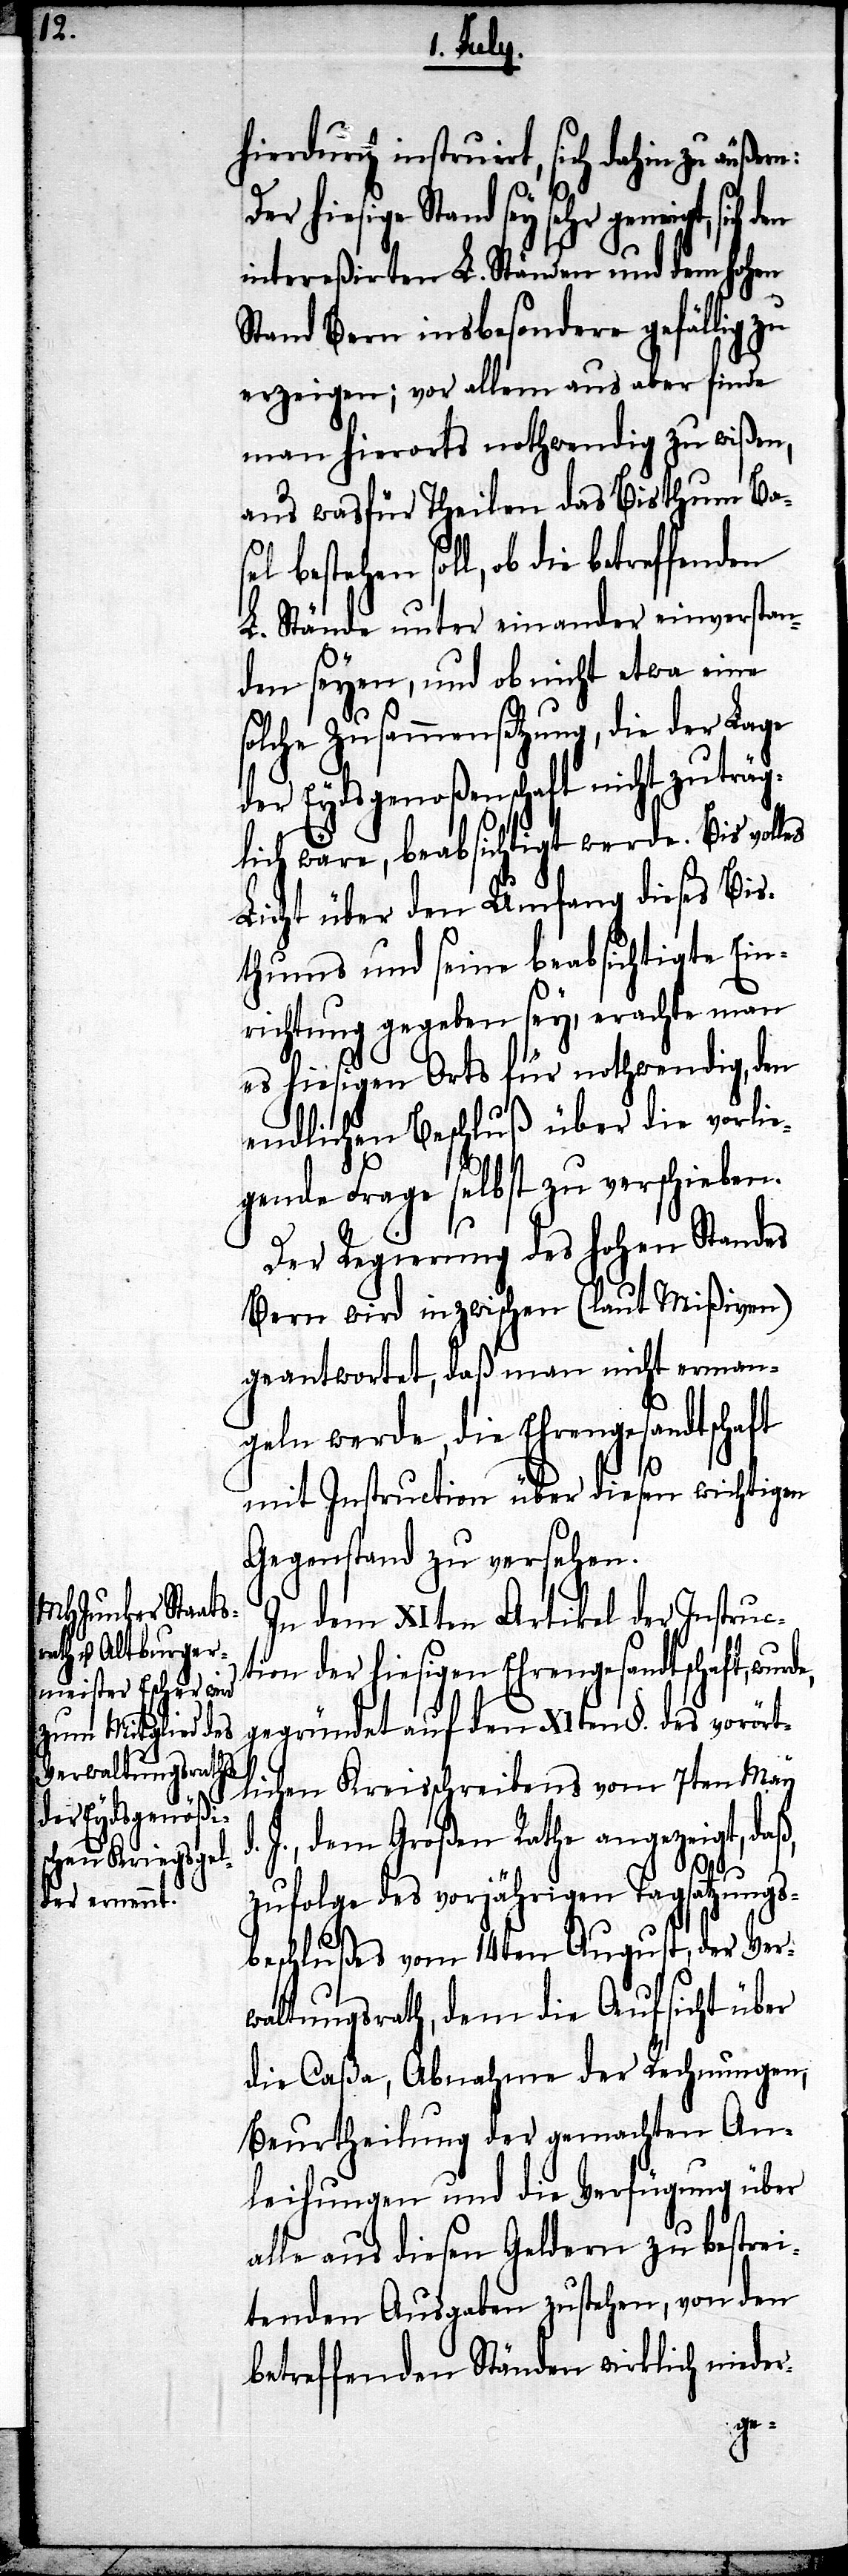
hiedurch instruirt, sich dahin zu äußer¬
Der hiesige Stand sey sehr geneigt,
intereßirten L. Ständen und dem hohen
Stand Bern insbesondere gefällig zu
erzeigen; vor allem aus aber finde
man hierorts nothwendig zu wißen,
aus wasfür Theilen das Bisthum Base¬
betreffenden
L. Stände unter einander einverstan¬
den seyen, und ob nicht etwa eine
olche Zusammensetzung, die der Lage
der Eydsgenoßenschaft nicht zuträg¬
lich wäre, beabsichtigt werde. Bis volles
Licht über den Umfang dieses Bis¬
thums und seine beabsichtigte Ein¬
richtung gegeben sey, erachte man
es hiesigen Orts für nothwendig, den
endlichen Beschluß über die vorlie¬
gende Frage selbst zu verschieben.
Der Regierung des hohen Standes
Bern wird inzwischen (laut Mißiven)
geantwortet, daß man nicht erman¬
geln werde, die Ehrengesandtschaft
mit Instruction über diesen wichtigen
Gegenstand zu versehen.
In dem XIten Artikel der Instruct¬
nen der hiesigen Ehrengesandtschaft, wur¬
gegründet auf den XIten §. des vorört¬
lichen Kreisschreibens vom 7ten May
J., dem Großen Rathe angezeigt, daß,
s¬
d.
zufolge des vorjährigen Tagsatzungs¬
beschlußes vom 14ten August, der Ver¬
waltungsrath, dem die Aufsicht über
die Caßa, Abnahme der Rechnungen,
Beurtheilung der gemachten An¬
leihungen und die Verfügung über
alle aus diesen Geldern zu bestrei¬
tenden Ausgaben zustehen, von den
betreffenden Ständen wirklich nieder-
io¬